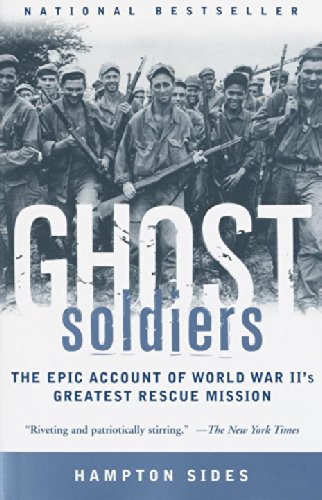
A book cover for Ghost Soldiers: The Epic Account of World War II's Greatest Rescue Mission; Hampton Sides; Biographies & Memoirs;